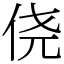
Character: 侥